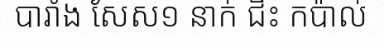
បារាំង សែស១ នាក់ ជិះ កប៉ាល់